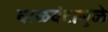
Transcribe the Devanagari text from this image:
वाळवंटामुळे